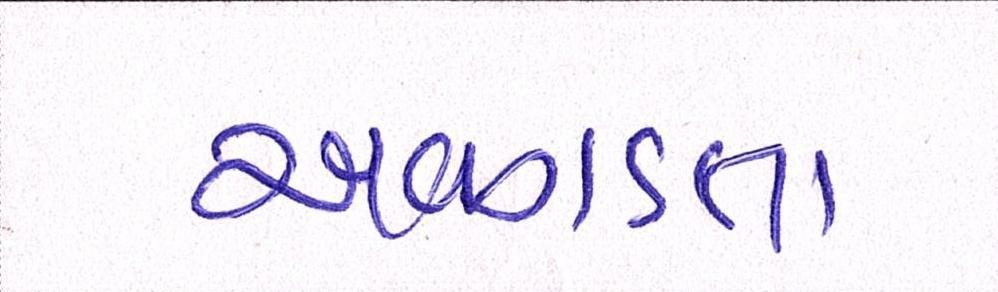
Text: અગવડતા